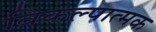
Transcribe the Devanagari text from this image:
विकल्पात्मक